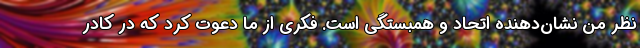
نظر من نشان‌دهنده اتحاد و همبستگی است. فکری از ما دعوت کرد که در کادر